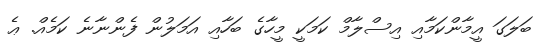
ބަލަގަ އީމާންކަމާއި އިސްލާމް ކަމަކީ މީހާގެ ބަހާއި އަމަލުން ފެންނާނެ ކަމެއް. ޢެ